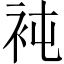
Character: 𧘸